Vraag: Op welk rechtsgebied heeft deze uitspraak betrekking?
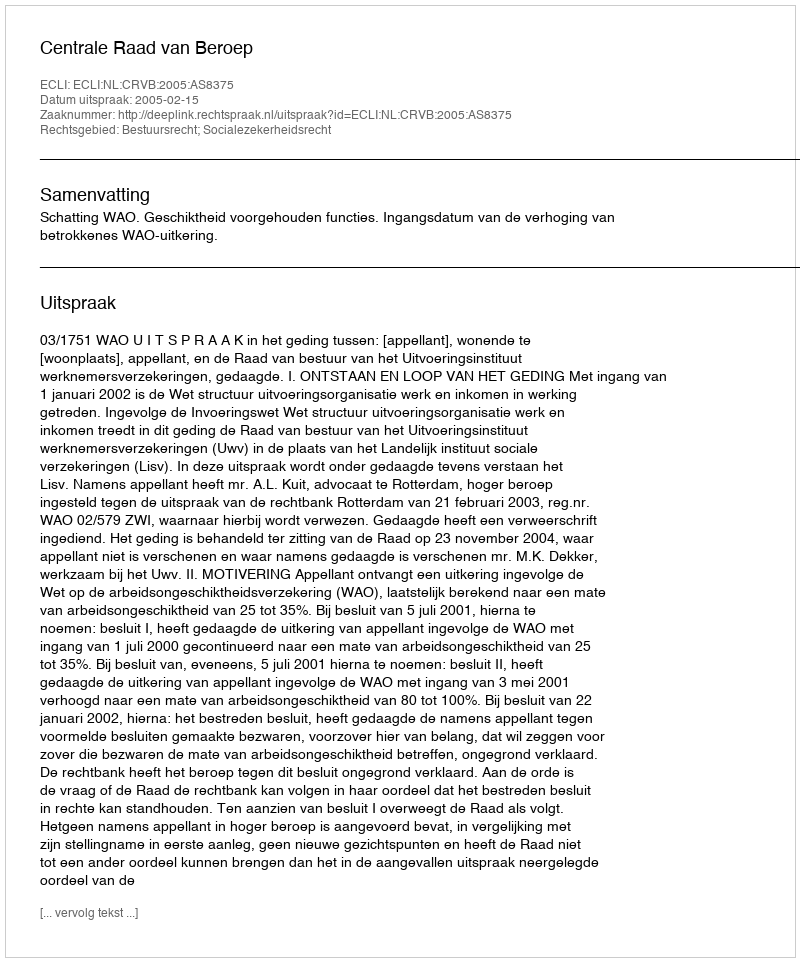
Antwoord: Bestuursrecht; Socialezekerheidsrecht